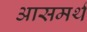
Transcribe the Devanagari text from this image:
आसमर्थ